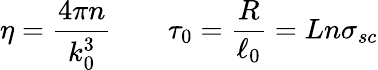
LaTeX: \eta=\frac{4\pi n}{k_{0}^{3}}\qquad\tau_{0}=\frac{R}{\ell_{0}}=Ln\sigma_{sc}